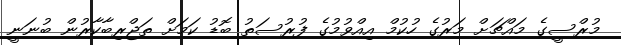
މުރްސީގެ މައްޗަށް މަރުގެ ހުކުމް އިއްވުމުގެ ފުރުސަތު ބޮޑު ކަމަށް ތަޖްރިބާކާރުން ބުނަނީ